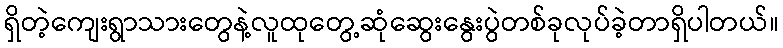
ရှိတဲ့ကျေးရွာသားတွေနဲ့လူထုတွေ့ဆုံဆွေးနွေးပွဲတစ်ခုလုပ်ခဲ့တာရှိပါတယ်။